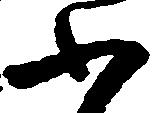
ふ